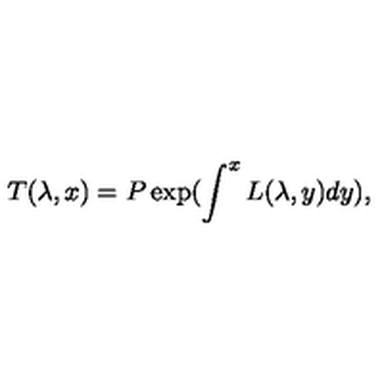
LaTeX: T ( \lambda , x ) = P \exp ( \int ^ { x } L ( \lambda , y ) d y ) ,